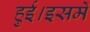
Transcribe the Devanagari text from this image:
हुई।इसमें